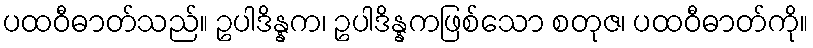
ပထဝီဓာတ်သည်။ ဥပါဒိန္နက၊ ဥပါဒိန္နကဖြစ်သော စတုဇ၊ ပထဝီဓာတ်ကို။